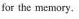
for the memory.